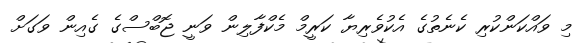
މި ވައްކަންކުރި ކެނެތުގެ އެކުވެރިޔާ ކަރީމް މެކްފާލިން ވަނީ ޖޮބްސްގެ ގެއިން ވަގަށް